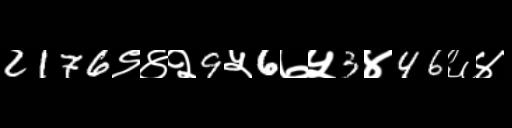
Text: 2176९४२9५6७५3४46६४